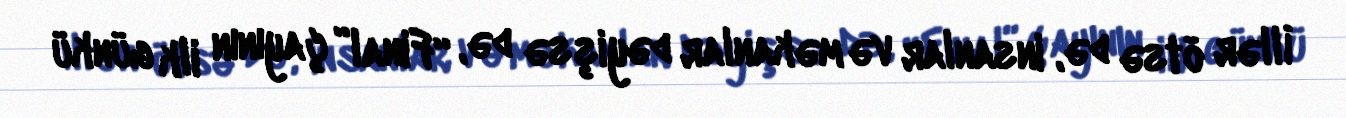
İllər ötsə də, insanlar və məkanlar dəyişsə də, “Final” çayının ilk günkü